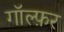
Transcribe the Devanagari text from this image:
गॉल्फ़र